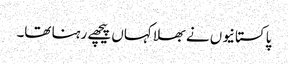
پاکستانیوں نے بھلا کہاں پیچھے رہنا تھا۔